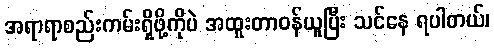
အရာရာစည်းကမ်းရှိဖို့ကိုပဲ အထူးတာဝန်ယူပြီး သင်နေ ရပါတယ်၊